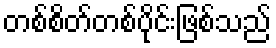
တစ်စိတ်တစ်ပိုင်းဖြစ်သည်